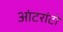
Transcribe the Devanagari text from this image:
आंटरांटो